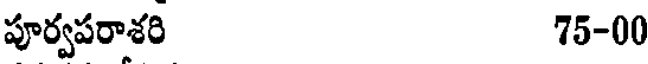
పూర్వపరాశరి 75-00